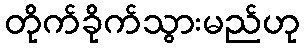
တိုက်ခိုက်သွားမည်ဟု